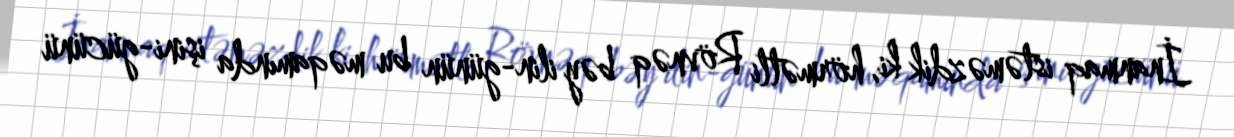
İnanmaq istəməzdik ki, hörmətli Rövnəq bəy ilin-günün bu məqamında işini-gücünü